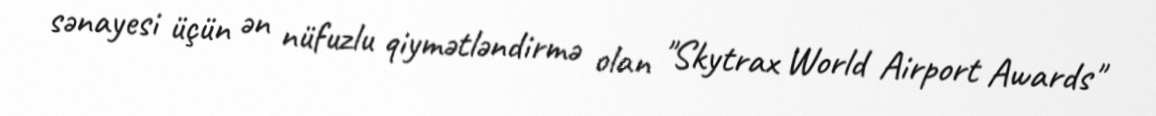
sənayesi üçün ən nüfuzlu qiymətləndirmə olan "Skytrax World Airport Awards"